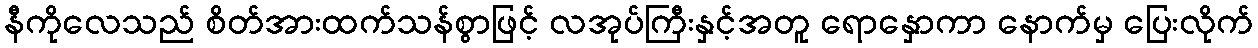
နီကိုလေသည် စိတ်အားထက်သန်စွာဖြင့် လအုပ်ကြီးနှင့်အတူ ရောနှောကာ နောက်မှ ပြေးလိုက်